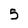
Character: 5